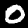
Label: 0